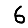
Digit: 6